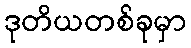
ဒုတိယတစ်ခုမှာ